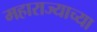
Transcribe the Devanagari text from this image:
महाराज्याच्या